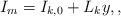
LaTeX: \begin{align*} I_m = I_{k,0} + L_k y, ,\end{align*}